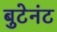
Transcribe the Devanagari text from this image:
बुटेनंट